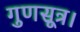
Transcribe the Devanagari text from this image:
गुणसूत्र।